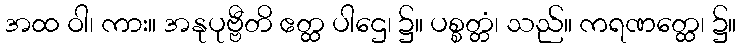
အထ ဝါ၊ ကား။ အနုပုဗ္ဗီတိ ဧတ္ထ ပါဌေ၊ ၌။ ပစ္စတ္တံ၊ သည်။ ကရဏတ္ထေ၊ ၌။